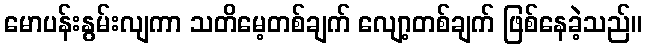
မောပန်းနွမ်းလျကာ သတိမေ့တစ်ချက် လျော့တစ်ချက် ဖြစ်နေခဲ့သည်။